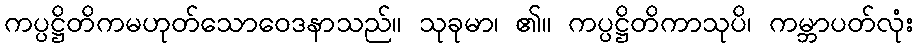
ကပ္ပဋ္ဌိတိကမဟုတ်သောဝေဒနာသည်။ သုခုမာ၊ ၏။ ကပ္ပဋ္ဌိတိကာသုပိ၊ ကမ္ဘာပတ်လုံး